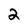
Character: 2